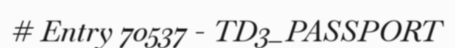
# Entry 70537 - TD3_PASSPORT